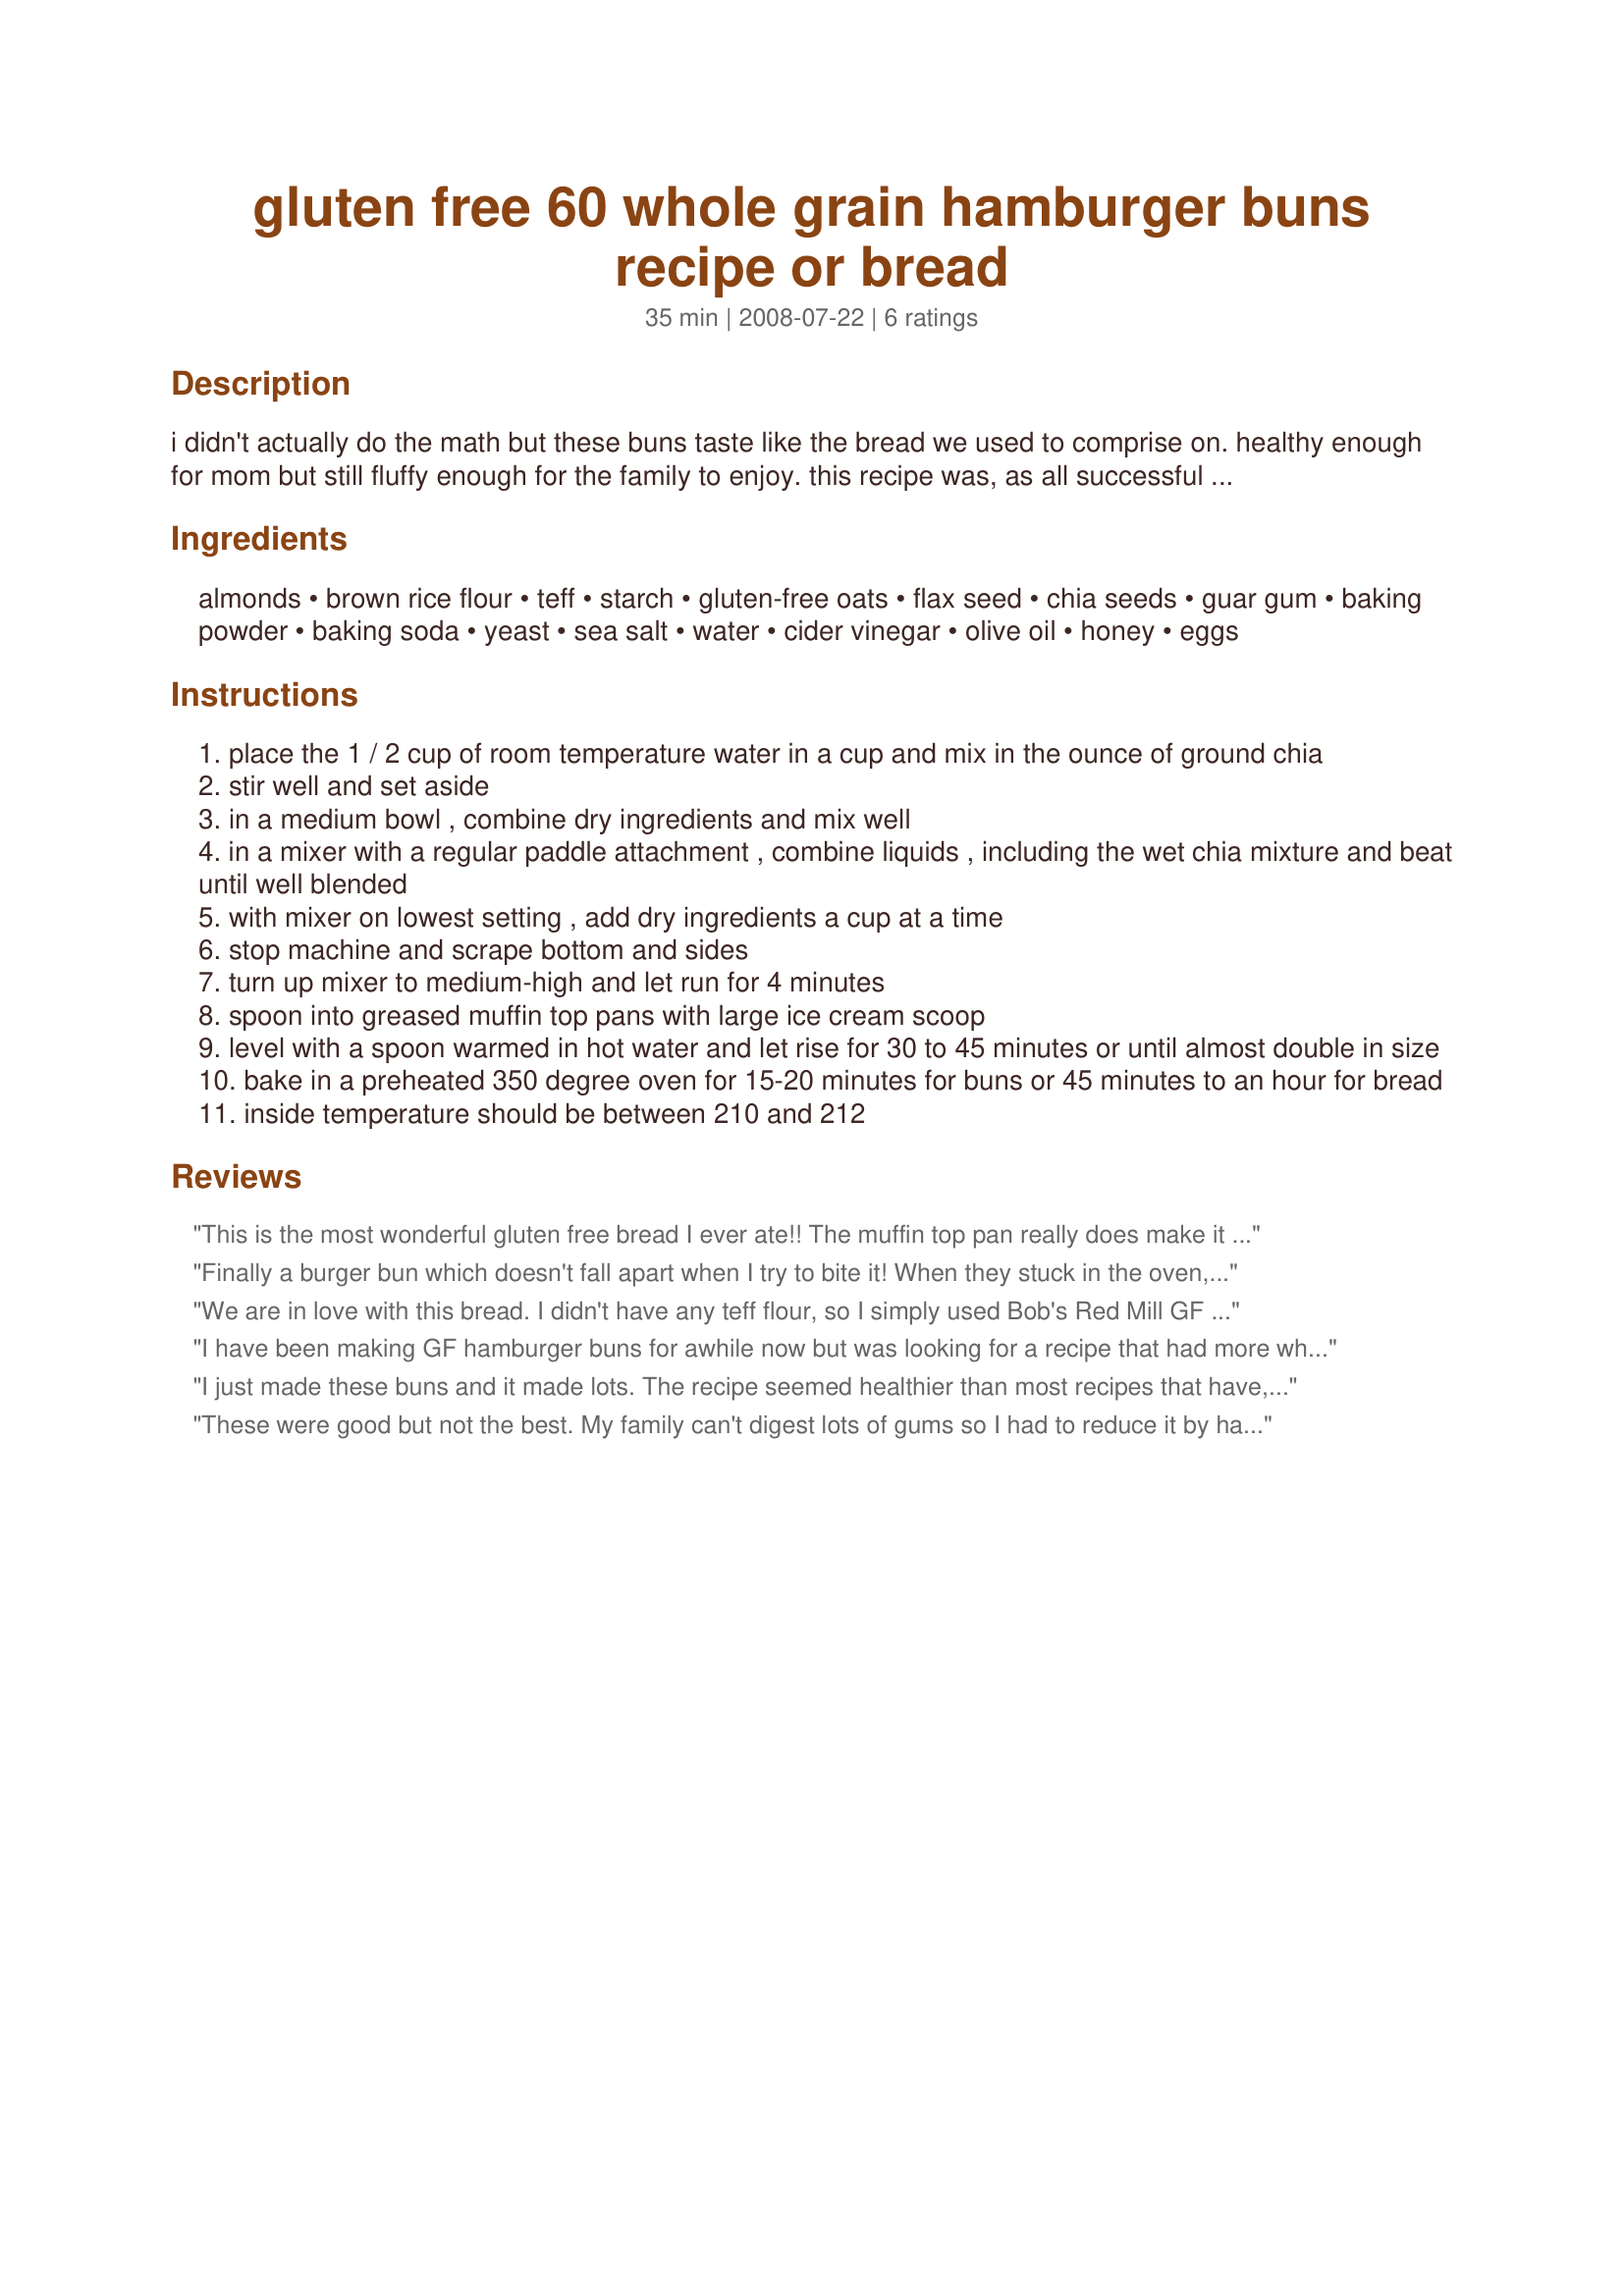
gluten free 60 whole grain hamburger buns recipe or bread
Preparation time: 35 minutes

i didn't actually do the math but these buns taste like the bread we used to comprise on. healthy enough for mom but still fluffy enough for the family to enjoy. this recipe was, as all successful multigrain bread recipes i've read have been, inspired by heather butt and donna washburn of 125 best gluten-free recipes. i freeze them as soon as they are cool and when i pull them out they are as good as new. if you are baking gluten free and haven't bought muffin top pans yet, i have to say, besides my mixer, they have been my best gluten free investment.
this recipe makes one 4 1/2 by 9 loaf and one bun if you prefer bread and doubles very well if you want bread and buns. since i started using this recipe my gluten eating husband doesn't buy bread anymore.

Ingredients:
almonds, brown rice flour, teff, starch, gluten-free oats, flax seed, chia seeds, guar gum, baking powder, baking soda, yeast, sea salt, water, cider vinegar, olive oil, honey, eggs

Steps:
place the 1 / 2 cup of room temperature water in a cup and mix in the ounce of ground chia
stir well and set aside
in a medium bowl , combine dry ingredients and mix well
in a mixer with a regular paddle attachment , combine liquids , including the wet chia mixture and beat until well blended
with mixer on lowest setting , add dry ingredients a cup at a time
stop machine and scrape bottom and sides
turn up mixer to medium-high and let run for 4 minutes
spoon into greased muffin top pans with large ice cream scoop
level with a spoon warmed in hot water and let rise for 30 to 45 minutes or until almost double in size
bake in a preheated 350 degree oven for 15-20 minutes for buns or 45 minutes to an hour for bread
inside temperature should be between 210 and 212

Reviews:
This is the most wonderful gluten free bread I ever ate!! The muffin top pan really does make it for buns. I also make bread from this recipe. I make hot dog buns using my old iron corn muffin pan! Works great. The corn cob shape looks just like a hot dog. Just fill to the top and let rise. I use psyllium husk instead of chia seed. The texture is just like regular bread. The color is a beautiful brown. As the author stated it doubles well, a real plus. Thanks a million for this recipe, because that's what it's worth! This is my families daily bread.
Finally a burger bun which doesn't fall apart when I try to bite it! When they stuck in the oven, my DH told me they smelled so delicious that he wanted to eat one strait from the oven - and he's not gluten free! I took them to the local burger shop and to the market in the Netherlands where I use to eat soused herring in a bun - first time I could do that since I'm on a gluten free diet because all the store bought "buns" already crumble apart when you slice them. I had to do some substitutions - had no gluten free oats, teff and chia seeds, so I tried brown millet for the teff, half lupine meal and half soy flour for the oats and Psyllium seed husks for the chia. This turned out very good with only one problem: All the non-gluten-free people want them, too... Thanks for sharing this recipe!
We are in love with this bread. I didn't have any teff flour, so I simply used Bob's Red Mill GF all purpose flour in place of the rice/teff flour. Chia is a staple in our house, so I was pleased to find it in this recipe, very healthy, I forgot to grind it, but it didn't matter.
I didn't have muffin top pans, so I used heavy duty tin foil and wrapped it around a 4" wide rimmed cup and placed the foil 'cups' on a cookie sheet. It worked! 
I use this bread to make sandwiches for my children and husband, I toast it first then make the sandwich for lunches. I love it toasted with PB spread over it. All of us agree it's the best gluten free bread we've ever had. I am under strict orders to keep making it. Thanks for the recipe!
I have been making GF hamburger buns for awhile now but was looking for a recipe that had more whole grains and less "eggy" than my current recipe. These were great! I love the almost molasses like flavor of the flax and oatmeal. These had really good texture too, even after being frozen and toasted. I didn't have teff so subbed in sorghum flour. I also bake my buns in disposable (but you can wash and reuse them) 4 1/2 mini tart pans. The pans are an inexpensive supermarket buy which lets you try out making your own GF buns. Make a whole batch, cut them in half, and freeze for a GF bun whenever you need one!
I just made these buns and it made lots. The recipe seemed healthier than most recipes that have, in my opinion, too much starch. I used the potato starch but when I get some organic tapioca starch I&#039;ll try that but loved the teff and chia and they tasted and looked great. I&#039;m trying to exercise some self control and not eat too many. Mixing up was easy and even though my hand mixer (no paddle) got a little tired it still turned out good and didn&#039;t take too long to mix up or rise. Will definitely make this recipe again and again. Very creative!
These were good but not the best. My family can't digest lots of gums so I had to reduce it by half and maybe that is why they came out more like biscuits but they were soft and taste. I also reduced the water by 1/4 cup. I hate the wet gluey texture of some gluten free recipes and this did not have that. I had to sub sorghum because I did not have teff and I used white bean flour for the oatmeal (can't have it). I didn't have honey so I subed 2 Tablespoons of sugar. The don't know if it was my addition of bean and sorghum flour but the batter smelled horrible before baking but no bad smell after baking. So don't let that stop you.
